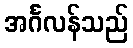
အင်္ဂလန်သည်